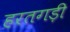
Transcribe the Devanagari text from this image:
हरतगड़ी